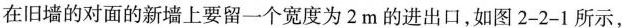
在旧墙的对面的新墙上要留一个宽度为2m的进出口，如图2-2-1所示，